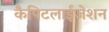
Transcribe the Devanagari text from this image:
कैपिटलाईजेशन